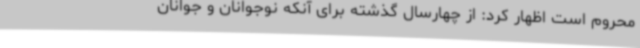
محروم است اظهار کرد: از چهارسال گذشته برای آنکه نوجوانان و جوانان